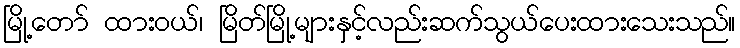
မြို့တော် ထားဝယ်၊ မြိတ်မြို့များနှင့်လည်းဆက်သွယ်ပေးထားသေးသည်။